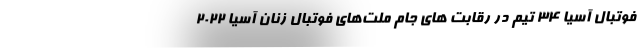
فوتبال آسیا ۳۴ تیم در رقابت های جام ملت‌های فوتبال زنان آسیا ۲۰۲۲